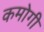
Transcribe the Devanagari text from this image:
कमोगी